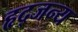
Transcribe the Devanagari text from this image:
हृद्जन्‍य